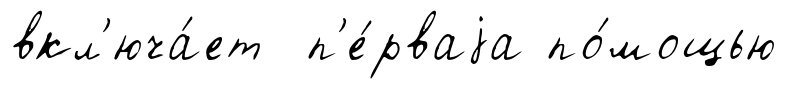
вкл'юча́ет п'е́рваjа по́мощью